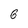
Character: 6